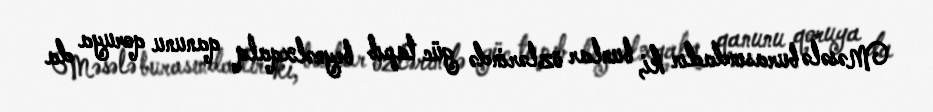
Məsələ burasındadır ki, bunlar özlərində güc tapıb beynəlxqalq qanunu qoruya da